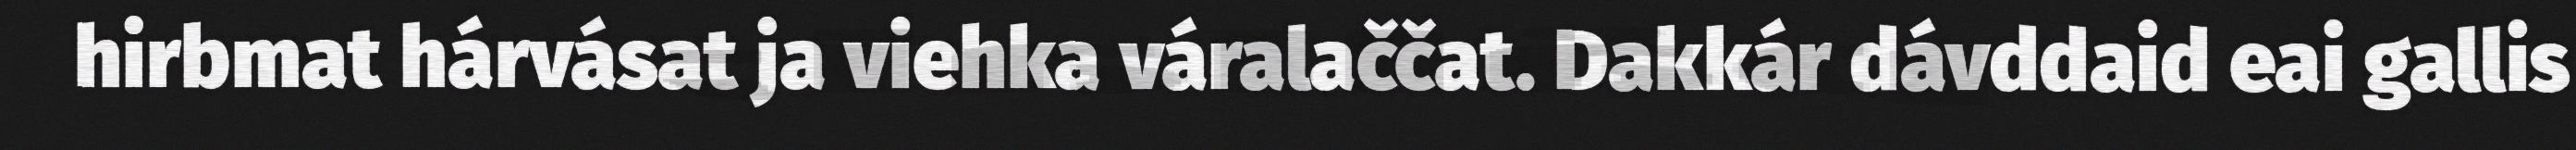
hirbmat hárvásat ja viehka váralaččat. Dakkár dávddaid eai gallis